Report on sanitation, dispensaries, and jails in Rajputana for 1909, and on vaccination for the year 1909-1910 - 1909-1910
Year: 1909
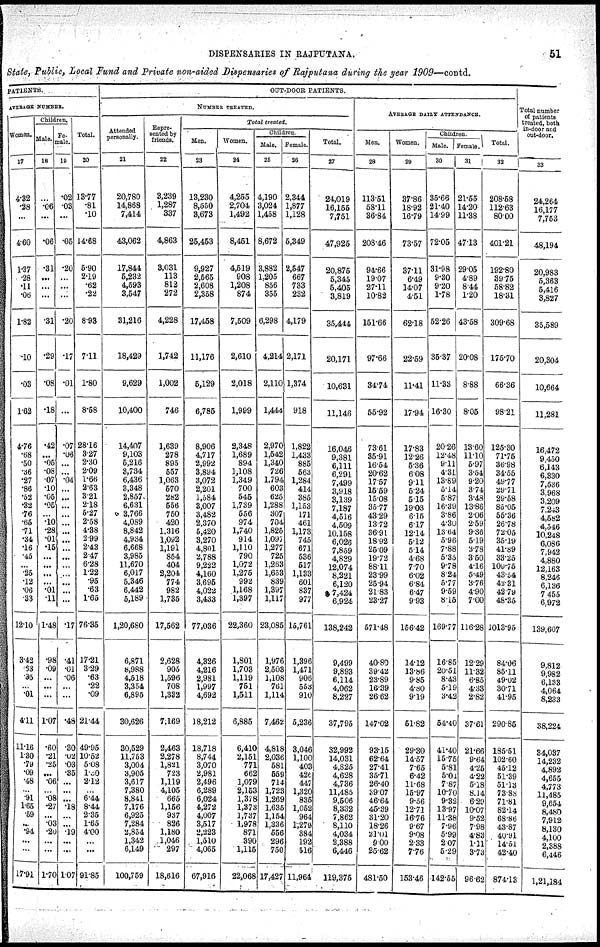
DISPENSARIES IN RAJPUTANA.
51
State, Public, Local Fund and Private non-aided Dispensaries of Rajputana during the year 1909—contd.
PATIENTS.
AVERAGE NUMBER.
Women.
17
4.32
.28
...
4.60
1.37
.28
.11
.06
1.82
.10
.03
1.62
4.76
.68
.50
.36
.27
.86
.52
.32
.76
.65
.71
.34
.16
.45
...
.25
.12
.06
.33
12.10
3.42
.63
.05
...
.01
4.11
11.16
1.30
.70
.09
.48
...
.91
1.65
.59
...
.94
...
...
17. 91
Children.
Male.
18
...
.06
...
.06
.31
...
...
...
.31
.29
.08
.18
.42
...
.05
.08
.07
.10
.05
.05
...
.10
.28 .01
.15
...
...
...
...
.01
.11
1.48
.98
.09
...
...
...
1.07
.60
.21
.25
...
.06
...
.08
.27
...
.03
.20
...
...
1.70
Fe¬
male.
19
.02
.03
...
.05
.80
...
...
...
.20
.17
.01
...
.07
.06
...
...
.04
...
...
...
...
...
...
...
...
...
...
...
...
...
...
.17
.41
.01
.06
...
...
.48
.30
.02
.03
.35
...
...
...
.18
...
...
.19
...
...
1.07
Total.
20
13.77
.81
.10
14.68
5.90
2.19
.62
.22
8.93
7.11
1.80
8.58
28.16
3.27
2.30
2.09
1.66
2.63
3.21
2.18
5.27
2.58
4.38
2.89
2.43
2.47
6.28
1.22
.95
.63
1.65
76.35
17.21
3.29
.63
.22
.09
21.44
49.95
10.52
5.08
1.30
2.12
...
6.44
8.44
2.35
1.65
4.00
...
...
91.85
OUT-DOOR PATIENTS.
NUMBER TREATED.
Attended
personally.
21
20,780
14,868
7,414
43,062
17,844
5,232
4,593
3,547
31,216
18,429
9,629
10,400
14,407
9,103
5,216
3,734
6,436
3,348
2,857
6,631
3,766
4,089
8,842
4,934
6,668
3,985
11,670
6,017
5,346
6,442
5,189
1,20,680
6,871
8,988
4,518
3,354
6,895
30,626
30,529
11,753
3,004
3,905
3,617
7,380
8,841
7,176
6,925
7,284
2,854
1,342
6,149
100,759
Repre¬
sented by
friends.
22
3,239
1,287
337
4,863
3,031
113
812
272
4,228
1,742
1,002
746
1,639
278
895
557
1,063
570
282
556
750
420
1,316
1,092
1,191
854
404
2,204
774
982
1,735
17,562
2,628
905
1,596
708
1,332
7,169
2,463
2,278
1,821
723
1,119
4,105
665
1,156
937
826
1,180
1,046
297
18,616
Total treated.
Men.
23
13,230
8,550
3,673
25,453
9,927
2,565
2,608
2,358
17,458
11,176
5,129
6,785
8,906
4,717
2,992
3,894
3,072
2,201
1,584
3,007
3,482
2,370
5,420
3,270
4,801
2,788
9,222
4,160
3,695
4,022
3,433
77,036
4,326
4,216
2,981
1,997
4,692
18,212
18,718
8,744
3,070
2,981
2,496
6,289
6,024
4,272
4,007
3,517
2,223
1,510
4,065
67,916
Women.
24
4,255
2,704
1,492
8,451
4,519
908
1,208
874
7,509
2,610
2,018
1,999
2,348
1,689
894
1,108
1,349
700
545
1,739
556
974
1,740
914
1,110
790
1,072
1,275
992
1,168
1,397
22,360
1,801
1,703
1,119
751
1,511
6,885
6,410
2,151
771
662
1,079
2,153
1,378
1,373
1,737
1,978
871
390
1,115
22,068
Children.
Male.
25
4,190
3,024
1,458
8,672
3,882
1,205
856
355
6,298
4,214
2,110
1,444
2,970
1,542
1,340
726
1,794
603
625
1,288
307
704
1,825
1,097
1,277
725
1,263
1,653
839
1,397
1,117
23,085
1,976
2,503
1,108
761
1,114
7,462
4,818
2,036
581
559
714
1,723
1,269
1,635
1,154
1,336
556
296
750
17,427
Female.
26
2,344
1,877
1,128
5,349
2,547
667
733
232
4,179
2,171
1,374
918
1,822
1,433
885
563
1,284
414
385
1,153
171
461
1,173
745
671
536
517
1,133
601
837
977
15,761
1,396
1,471
906
553
910
5,236
3,046
1,100
403
426
447
1,320
835
1,052
964
1,279
384
192
516
11,964
Total.
27
24,019
16,155
7,751
47,925
20,875
5,345
5,405
3,819
35,444
20,171
10,631
11,146
16,046
9,381
6,111
6,291
7,499
3,918
3,139
7,187
4,516
4,509
10,158
6,026
7,859
4,829
12,074
8,221
6,120
7,424
6,924
138,242
9,499
9,893
6,114
4,062
8,227
37,795
32,992
14,031
4,825
4,628
4,736
11,485
9,506
8,332
7,862
8,110
4,034
2,388
6,446
119,375
AVERAGE DAILY ATTENDANCE.
Men.
28
113.51
58.11
36.84
208.46
94.66
19.07
27.11
10.82
151.66
97.66
34.74
55.92
73.61
35.91
16.54
20.62
17.57
15.59
15.08
35.77
43.29
13.72
36.91
18.92
25.09
19.72
88.11
23.99
25.94
21.83
23.27
571.48
40.80
39.42
23.89
16.39
26.62
147.02
93.15
62.64
27.41
35.71
26.40
39.07
46.64
45.39
31.20
18.26
21.01
9.00
25.62
481.50
Women.
28
37.86
18.92
16.79
73.57
37.11
6.49
14.07
4.51
62.18
22.59
11.41
17.94
17.83
12.26
5.36
6.08
9.11
5.24
5.15
19.03
6.15
6.17
12.14
5.12
5.14
4.68
7.70
6.02
6.84
6.47
9.93
156.42
14.12
13.86
9.85
4.80
9.19
51.82
29.30
14.57
7.65
6.42
11.68
15.97
9.56
12.71
16.76
9.67
9.08
2.33
7.76
153.46
Children.
Male.
30
35.66
21.40
14.99
72.05
31.98
9.30
9.20
1.78
52.26
35.37
11.33
16.30
20.26
12.48
9.11
4.31
13.89
5.14
5.87
16.39
3.86
4.30
13.64
5.96
7.88
5.35
9.78
8.24
5.77
9.59
8.15
169.77
16.85
20.51
8.43
5.19
3.42
54.40
41.40
15.75
5.81
5.04
7.87
10.70
9.32
13.97
11.38
7.96
5.99
2.07
5.29
142.55
Female.
31
21.55
14.20
11.38
47.13
29.05
4.89
8.44
1.20
43.58
20.08
8.88
8.05
13.60
11.10
5.97
3.54
9.20
3.74
3.48
13.88
2.06
2.59
9.36
5.19
3.78
3.50
4.16
5.49
3.76
4.90
7.00
116.28
12.29
11.32
6.85
4.33
2.82
37.61
21.66
9.64
4.25
4.22
5.18
8.14
6.29
10.07
9.52
7.98
4.83
1.11
3.73
96.62
Total.
32
208.58
112.63
80.00
401.21
192.80
39.75
58.82
18.31
309.68
175.70
66.36
98.21
125.30
71.75
36.98
34.55
49.77
29.71
29.58
85.05
55.36
26.78
72.05
35.19
41.89
33.25
109.75
43.54
42.31
42.79
48.35
1013.95
84.06
85.11
49.02
30.71
41.95
290.85
185.51
102.60
45.12
51.39
51.13
73.88
71.81
82.14
68.86
43.87
40.91
14.51
42.40
874.13
Total number
of patients
treated, both
in-door and
out-door.
33
24.264
16,177
7,753
48,194
20,983
5,363
5,416
3,827
35,589
20,304
10,664
11,281
16,472
9,450
6,143
6,330
7,536
3,968
3,209
7,243
4,582
4,546
10,248
6,086
7,942
4,880
12,163
8,246
6,136
7,455
6,972
139,607
9,812
9,982
6,133
4,064
8,233
38,224
34,037
14,232
4,892
4,655
4,773
11,485
9,654
8,480
7,912
8,130
4,100
2,388
6,446
1,21,184